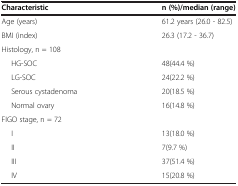
<table><thead><tr><td><b>Characteristic</b></td><td><b>n (%)/median (range)</b></td></tr></thead><tbody><tr><td>Age (years)</td><td>61.2 years (26.0 - 82.5)</td></tr><tr><td>BMI (index)</td><td>26.3 (17.2 - 36.7)</td></tr><tr><td>Histology, n = 108</td><td> </td></tr><tr><td>HG-SOC</td><td>48(44.4 %)</td></tr><tr><td>LG-SOC</td><td>24(22.2 %)</td></tr><tr><td>Serous cystadenoma</td><td>20(18.5 %)</td></tr><tr><td>Normal ovary</td><td>16(14.8 %)</td></tr><tr><td>FIGO stage, n = 72</td><td> </td></tr><tr><td>I</td><td>13(18.0 %)</td></tr><tr><td>II</td><td>7(9.7 %)</td></tr><tr><td>III</td><td>37(51.4 %)</td></tr><tr><td>IV</td><td>15(20.8 %)</td></tr></tbody></table>